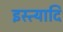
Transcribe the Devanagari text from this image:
इस्त्यादि